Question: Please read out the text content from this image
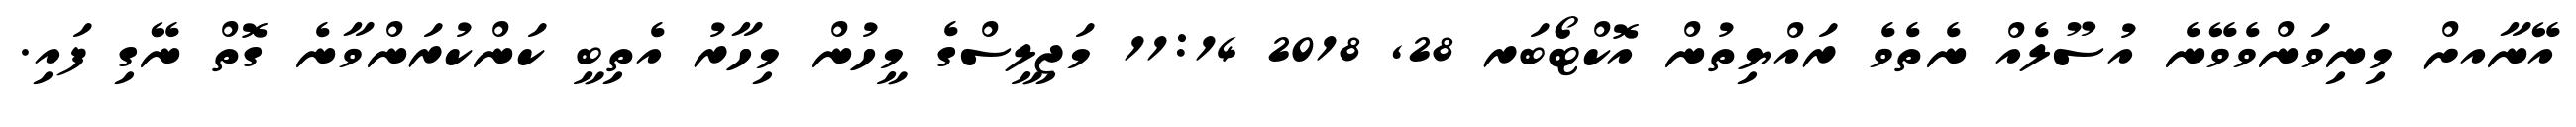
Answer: އޭނާއށް މިނިވަންވެވޭނެ އުސޫލެއް ނެތެވެ ރައްޔިތުން އޮކްޓޯބަރ 28, 2018 11:14 މަޖިލީސްގެ މީހުން މިހާރު އެތިބީ ކަންކުރަންވާނެ ގޮތް ނޭގި ފައި.